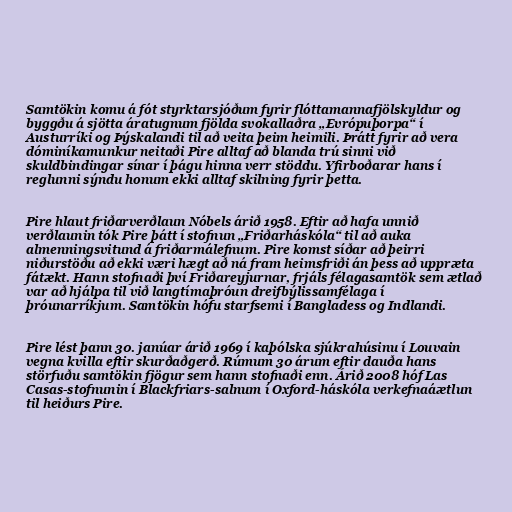
Samtökin komu á fót styrktarsjóðum fyrir flóttamannafjölskyldur og
byggðu á sjötta áratugnum fjölda svokallaðra „Evrópuþorpa“ í
Austurríki og Þýskalandi til að veita þeim heimili. Þrátt fyrir að vera
dóminíkamunkur neitaði Pire alltaf að blanda trú sinni við
skuldbindingar sínar í þágu hinna verr stöddu. Yfirboðarar hans í
reglunni sýndu honum ekki alltaf skilning fyrir þetta.

Pire hlaut friðarverðlaun Nóbels árið 1958. Eftir að hafa unnið
verðlaunin tók Pire þátt í stofnun „Friðarháskóla“ til að auka
almenningsvitund á friðarmálefnum. Pire komst síðar að þeirri
niðurstöðu að ekki væri hægt að ná fram heimsfriði án þess að uppræta
fátækt. Hann stofnaði því Friðareyjurnar, frjáls félagasamtök sem ætlað
var að hjálpa til við langtímaþróun dreifbýlissamfélaga í
þróunarríkjum. Samtökin hófu starfsemi í Bangladess og Indlandi.

Pire lést þann 30. janúar árið 1969 í kaþólska sjúkrahúsinu í Louvain
vegna kvilla eftir skurðaðgerð. Rúmum 30 árum eftir dauða hans
störfuðu samtökin fjögur sem hann stofnaði enn. Árið 2008 hóf Las
Casas-stofnunin í Blackfriars-salnum í Oxford-háskóla verkefnaáætlun
til heiðurs Pire.